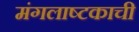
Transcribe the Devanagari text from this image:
मंगलाष्टकाची